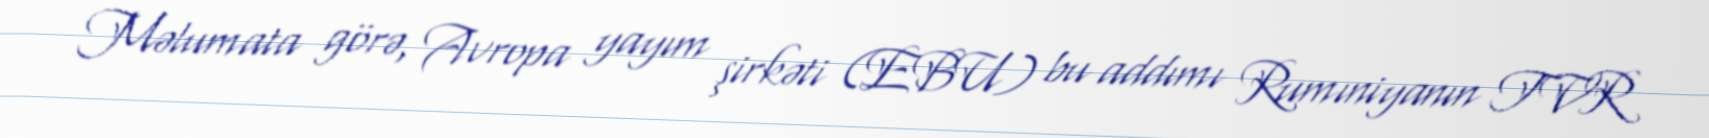
Məlumata görə, Avropa yayım şirkəti (EBU) bu addımı Rumıniyanın TVR